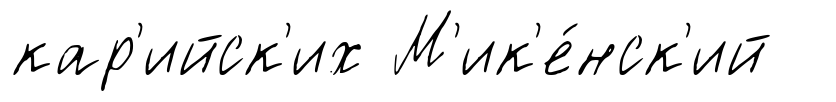
кар'ийск'их М'ик'е́нск'ий